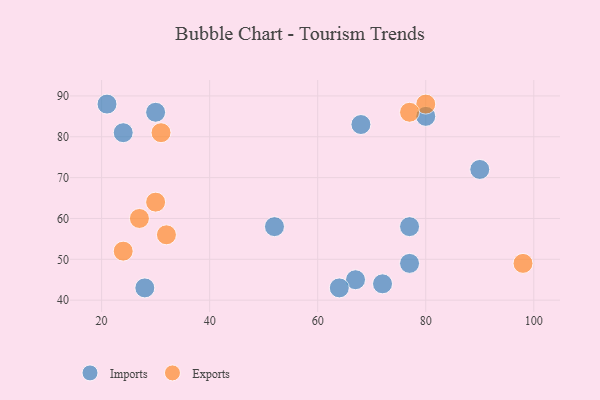
{"axis": {"x": "GDP", "y": "Life Expectancy"}, "legend": ["Exports", "Imports"], "data": [{"x": "28", "y": 43, "type": "Imports"}, {"x": "72", "y": 44, "type": "Imports"}, {"x": "30", "y": 86, "type": "Imports"}, {"x": "52", "y": 58, "type": "Imports"}, {"x": "67", "y": 45, "type": "Imports"}, {"x": "77", "y": 58, "type": "Imports"}, {"x": "64", "y": 43, "type": "Imports"}, {"x": "90", "y": 72, "type": "Imports"}, {"x": "21", "y": 88, "type": "Imports"}, {"x": "68", "y": 83, "type": "Imports"}, {"x": "77", "y": 49, "type": "Imports"}, {"x": "80", "y": 85, "type": "Imports"}, {"x": "24", "y": 81, "type": "Imports"}, {"x": "98", "y": 49, "type": "Exports"}, {"x": "80", "y": 88, "type": "Exports"}, {"x": "24", "y": 52, "type": "Exports"}, {"x": "31", "y": 81, "type": "Exports"}, {"x": "30", "y": 64, "type": "Exports"}, {"x": "32", "y": 56, "type": "Exports"}, {"x": "77", "y": 86, "type": "Exports"}, {"x": "27", "y": 60, "type": "Exports"}]}